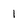
Character: I